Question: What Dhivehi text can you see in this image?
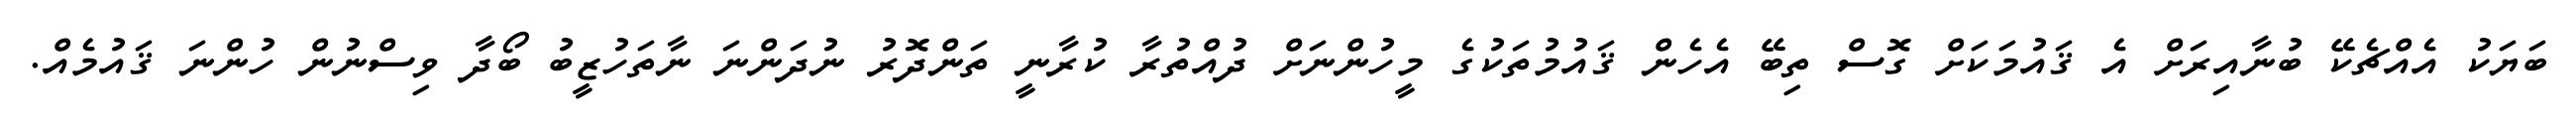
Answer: ބަޔަކު އެއްޗެކޭ ބުނާއިރަށް އެ ޤައުމަކަށް ގޮސް ތިބޭ އެހެން ޤައުމުތަކުގެ މީހުންނަށް ދުއްތުރާ ކުރާނީ ތަންދޮރު ނުދަންނަ ނާތަހުޒީބު ބޯދާ ވިސްނުން ހުންނަ ޤައުމެއް.